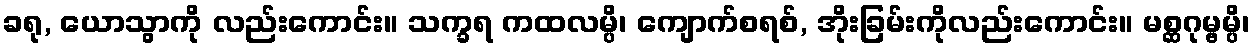
ခရု, ယောသွာကို လည်းကောင်း။ သက္ခရ ကထလမ္ပိ၊ ကျောက်စရစ်, အိုးခြမ်းကိုလည်းကောင်း။ မစ္ဆဂုမ္ဗမ္ပိ၊